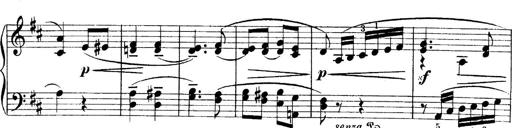
Title: 4 Sonatines
Composer: Max Reger